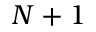
N + 1